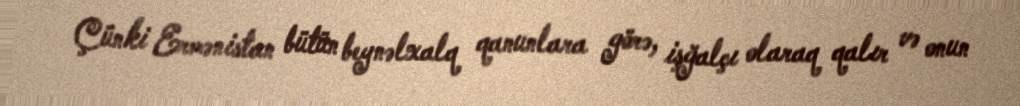
Çünki Ermənistan bütün beynəlxalq qanunlara görə, işğalçı olaraq qalır və onun